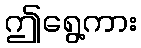
ဤရွေ့ကား